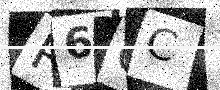
Text: P6QC